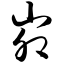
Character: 峁